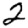
Digit: 2